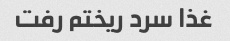
غذا سرد ریختم رفت